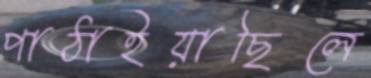
পাঠাইয়াছিলে